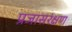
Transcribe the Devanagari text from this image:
प्रजासरंक्षण